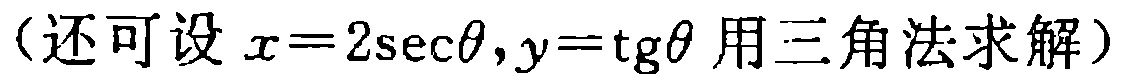
（还可设 \(x = 2\sec\theta,y=\mathrm{tg}\theta\) 用三角法求解）